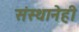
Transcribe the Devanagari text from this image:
संस्थानेही